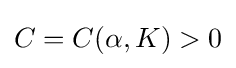
C=C(\alpha ,K)>0